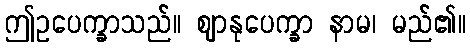
ဤဥပေက္ခာသည်။ ဈာနုပေက္ခာ နာမ၊ မည်၏။